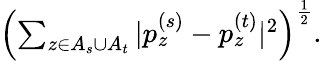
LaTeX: \begin{array}{r}{\left(\sum_{z\in A_{s}\cup A_{t}}|p_{z}^{(s)}-p_{z}^{(t)}|^{2}\right)^{\frac 12}.}\end{array}